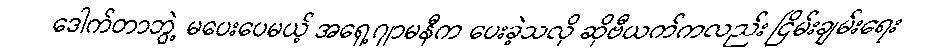
ဒေါက်တာဘွဲ့ မပေးပေမယ့် အရှေ့ဂျာမနီက ပေးခဲ့သလို ဆိုဗီယက်ကလည်း ငြိမ်းချမ်းရေး